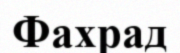
Фахрад